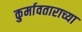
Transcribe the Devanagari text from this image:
कुर्मावताराच्या